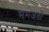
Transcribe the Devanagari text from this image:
समजतों